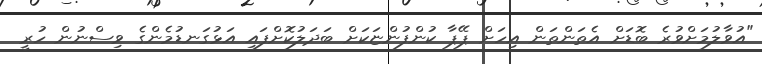
"އުވާލުމަށްވުރެ ބޮޑަށް އެތަންތަން އިހަށް ޕޭޕާ ކުންފުންޏަކަށް ބަދަލުކޮށްފައި އަޅުގަނޑުމެންގެ ވިސްނުން ހުރީ